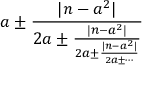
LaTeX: a \pm { \frac { | n - a ^ { 2 } | } { 2 a \pm { \frac { | n - a ^ { 2 } | } { 2 a \pm { \frac { | n - a ^ { 2 } | } { 2 a \pm \cdots } } } } } }